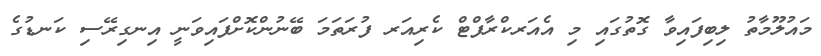
މައުލޫމާތު ލިބިފައިވާ ގޮތުގައި މި އެއަރކްރާފްޓް ކެރިއަރ ފުރަތަމަ ބޭނުންކޮށްފައިވަނީ އިނގިރޭސި ކަނޑުގެ